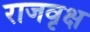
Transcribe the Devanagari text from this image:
राजवृक्ष